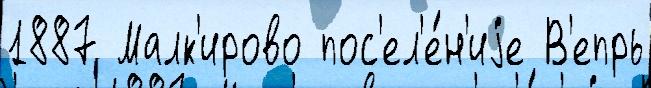
1887 Малк'ирово пос'ел'е́н'иjе В'епрь